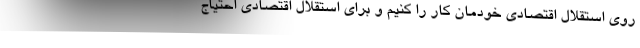
روی استقلال اقتصادی خودمان کار را کنیم و برای استقلال اقتصادی احتیاج